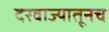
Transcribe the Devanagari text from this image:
दरवाज्यातूनच